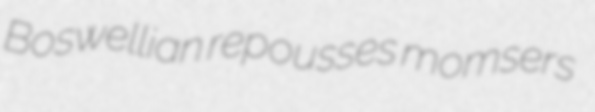
Boswellian repousses momsers